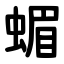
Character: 蝞